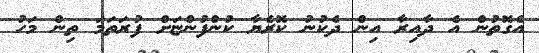
އެގޮތުން އެ ދާއިރާ އިން ދެކުނު ކޮރެޔާ ކުންފުންޏަށް ފުރަތަމަ ތިން މަހު